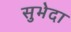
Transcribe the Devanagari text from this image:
सुभेदा